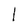
Character: l